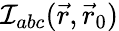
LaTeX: {\cal I}_{abc}(\vec{r},\vec{r}_{0})